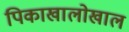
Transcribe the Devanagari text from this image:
पिकाखालोखाल